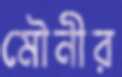
মৌনীর